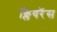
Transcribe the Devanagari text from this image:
क्लियरैंस